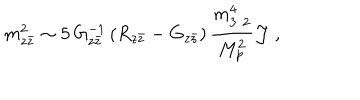
LaTeX: m _ { z { \bar { z } } } ^ { 2 } \sim 5 \, G _ { z { \bar { z } } } ^ { - 1 } \left( R _ { z { \bar { z } } } - G _ { z { \bar { z } } } \right) { \frac { m _ { 3 / 2 } ^ { 4 } } { M _ { p } ^ { 2 } } } { \cal J } \ ,